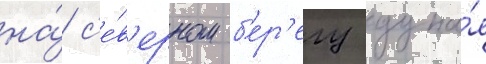
на́ с'е́в'ерном б'ер'егу дуна́я